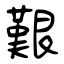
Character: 艱